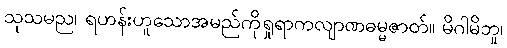
သုသမည၊ ရဟန်းဟူသောအမည်ကိုရှုရာကလျာဏဓမ္မဇာတ်။ မိဂါမိဘူ၊